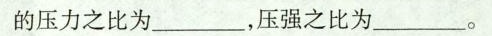
面的压力之比为___，压强之比为___。